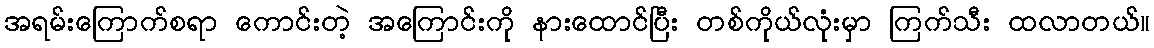
အရမ်းကြောက်စရာ ကောင်းတဲ့ အကြောင်းကို နားထောင်ပြီး တစ်ကိုယ်လုံးမှာ ကြက်သီး ထလာတယ်။